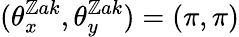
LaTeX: (\theta_{x}^{\mathbb{Z}ak},\theta_{y}^{\mathbb{Z}ak})=(\pi,\pi)